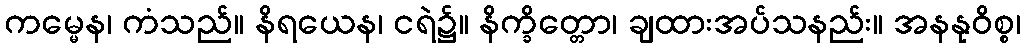
ကမ္မေန၊ ကံသည်။ နိရယေန၊ ငရဲ၌။ နိက္ခိတ္တော၊ ချထားအပ်သနည်း။ အနနုဝိစ္စ၊